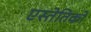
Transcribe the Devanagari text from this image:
एस्तेतिको